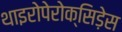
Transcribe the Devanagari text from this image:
थाइरोपेरोक्सिड़ेस